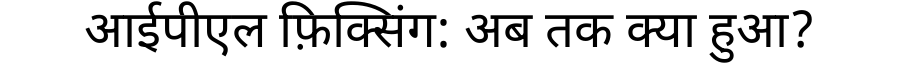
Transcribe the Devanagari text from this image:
आईपीएल फ़िक्सिंग: अब तक क्या हुआ?